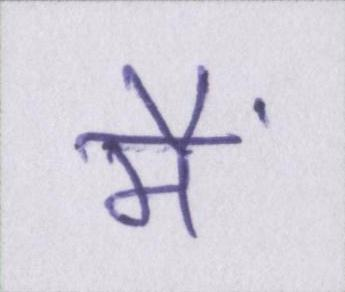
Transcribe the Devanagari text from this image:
मैं